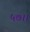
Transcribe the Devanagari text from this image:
५७।।